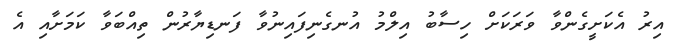
އިރު އެކަށީގެންވާ ވަރަކަށް ހިސާބު އިލްމު އުނގެނިފައިނުވާ ފަނޑިޔާރުން ތިއްބަވާ ކަމަށާއި އެ